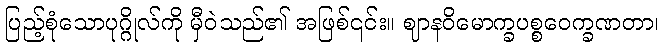
ပြည့်စုံသောပုဂ္ဂိုလ်ကို မှီဝဲသည်၏ အဖြစ်၎င်း။ ဈာနဝိမောက္ခပစ္စဝေက္ခဏတာ၊